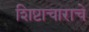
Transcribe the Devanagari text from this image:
शिष्टाचाराचे